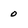
Character: 0